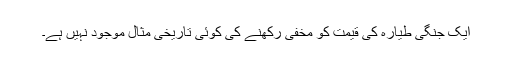
ایک جنگی طیارہ کی قیمت کو مخفی رکھنے کی کوئی تاریخی مثال موجود نہیں ہے۔